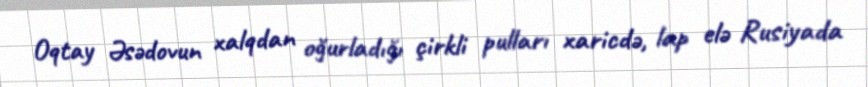
Oqtay Əsədovun xalqdan oğurladığı çirkli pulları xaricdə, lap elə Rusiyada